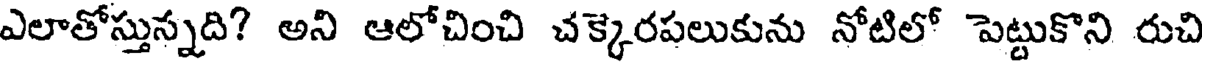
ఎలాతోస్తున్నది? అని ఆలోచించి చక్కెరపలుకును నోటిలో పెట్టుకొని రుచి